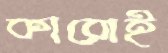
কারোই